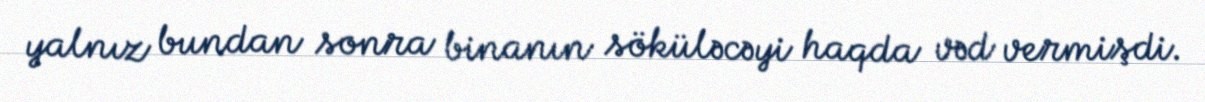
yalnız bundan sonra binanın söküləcəyi haqda vəd vermişdi.